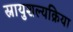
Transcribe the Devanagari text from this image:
स्नायुशल्यक्रिया